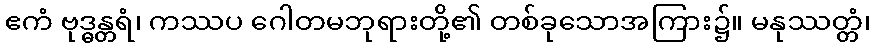
ဧကံ ဗုဒ္ဓန္တရံ၊ ကဿပ ဂေါတမဘုရားတို့၏ တစ်ခုသောအကြား၌။ မနုဿတ္တံ၊